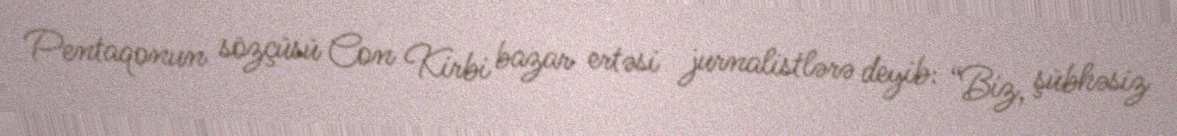
Pentaqonun sözçüsü Con Kirbi bazar ertəsi jurnalistlərə deyib: “Biz, şübhəsiz